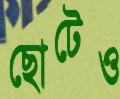
ছোটেও